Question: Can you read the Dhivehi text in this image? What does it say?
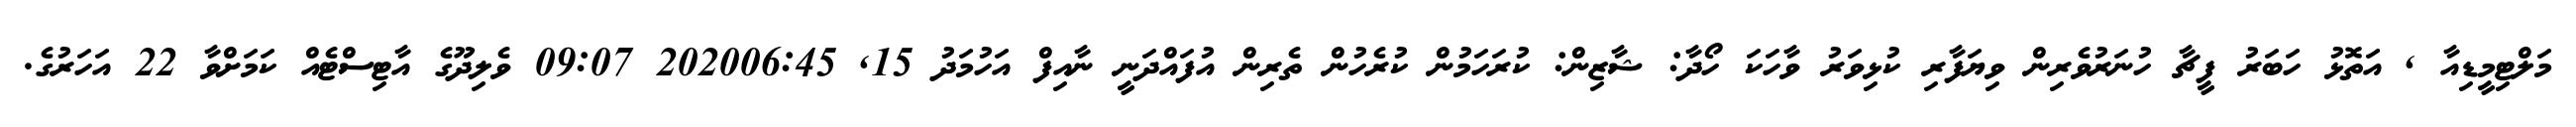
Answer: މަލްޓިމީޑިއާ , އަތޮޅު ހަބަރު ފީޗާ ހުނަރުވެރިން ވިޔަފާރި ކުޅިވަރު ވާހަކަ ހޯދާ: ޝާޒިން: ކުރަހަމުން ކުރެހުން ތެރިން އުފައްދަނީ ނާއިފް އަހުމަދު 15, 202006:45 09:07 ވެލިދޫގެ އާޓިސްޓެއް ކަމަށްވާ 22 އަހަރުގެ.